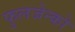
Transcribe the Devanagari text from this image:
फुलजेन्को